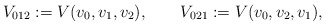
\begin{align*}V_{012} := V(v_0,v_1,v_2),\qquad V_{021} := V(v_0,v_2,v_1),\end{align*}